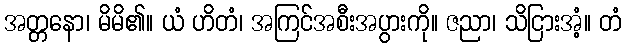
အတ္တနော၊ မိမိ၏။ ယံ ဟိတံ၊ အကြင်အစီးအပွားကို။ ဇညာ၊ သိငြားအံ့။ တံ